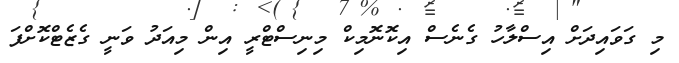
މި ގަވައިދަށް އިސްލާހު ގެނެސް އިކޮނޮމިކް މިނިސްޓްރީ އިން މިއަދު ވަނީ ގެޒެޓްކޮށްފަ